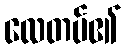
လေတပ်၏